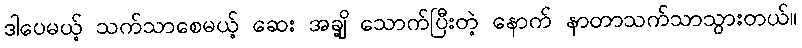
ဒါပေမယ့် သက်သာစေမယ့် ဆေး အချို့ သောက်ပြီးတဲ့ နောက် နာတာသက်သာသွားတယ်။